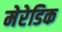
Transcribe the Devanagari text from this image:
मेरेडिक